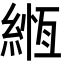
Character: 緪